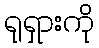
ရုရှားကို